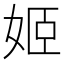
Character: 姬